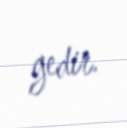
gedir.